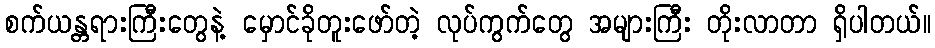
စက်ယန္တရားကြီးတွေနဲ့ မှောင်ခိုတူးဖော်တဲ့ လုပ်ကွက်တွေ အများကြီး တိုးလာတာ ရှိပါတယ်။